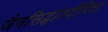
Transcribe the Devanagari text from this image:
जैनसिद्धांतदीपिका